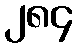
၂၈၄